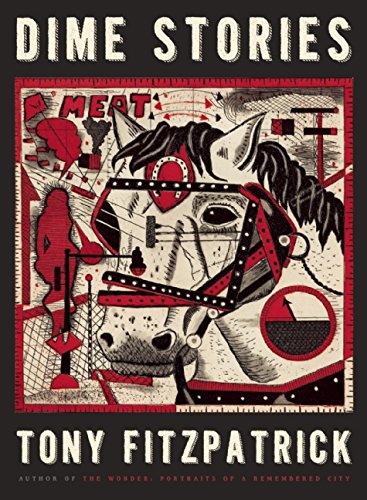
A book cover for Dime Stories; Tony Fitzpatrick; Arts & Photography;